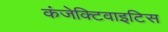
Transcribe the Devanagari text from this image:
कंजेक्टिवाइटिस